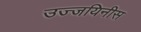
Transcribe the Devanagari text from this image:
उज्जयिनीस